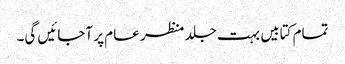
تمام کتابیں بہت جلد منظر عام پر آجائیں گی۔